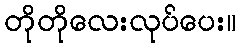
တိုတိုလေးလုပ်ပေး။